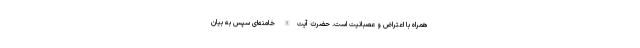
همراه با اعتراض و عصبانیت است. حضرت آیت‌الله خامنه‌ای سپس به بیان